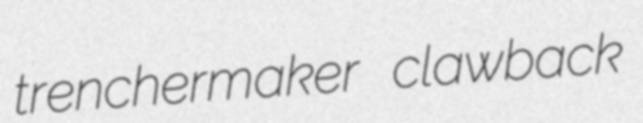
trenchermaker clawback